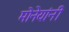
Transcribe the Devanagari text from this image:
मोनेयांनी